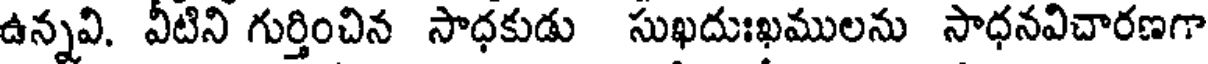
ఉన్నవి. వీటిని గుర్తించిన సాధకుడు సుఖదుఃఖములను సాధనవిచారణగా